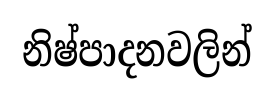
නිෂ්පාදනවලින්